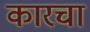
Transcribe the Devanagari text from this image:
कारचा